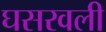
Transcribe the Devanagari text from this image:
घसरवली